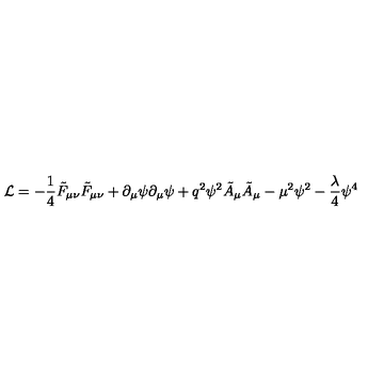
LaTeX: { \cal L } = - \frac { 1 } { 4 } \tilde { F } _ { \mu \nu } \tilde { F } _ { \mu \nu } + \partial _ { \mu } \psi \partial _ { \mu } \psi + q ^ { 2 } \psi ^ { 2 } \tilde { A } _ { \mu } \tilde { A } _ { \mu } - \mu ^ { 2 } \psi ^ { 2 } - \frac { \lambda } { 4 } \psi ^ { 4 }